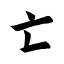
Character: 亡